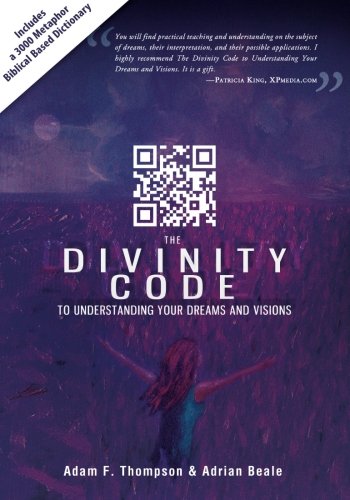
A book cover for The Divinity Code to Understanding Your Dreams and Visions; Adam Thompson; Self-Help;